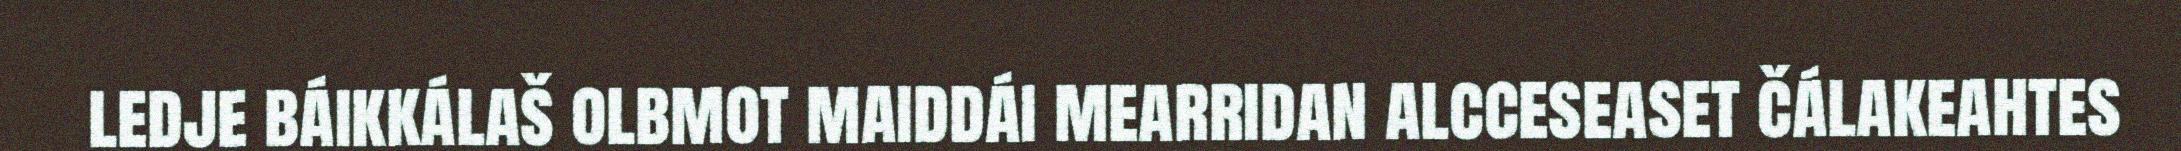
ledje báikkálaš olbmot maiddái mearridan alcceseaset čálakeahtes